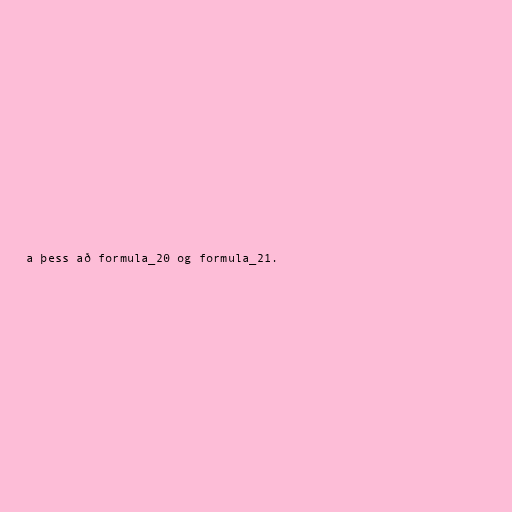
a þess að formula_20 og formula_21.